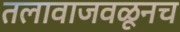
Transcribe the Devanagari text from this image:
तलावाजवळूनच